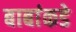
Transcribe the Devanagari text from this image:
बाबांकडे